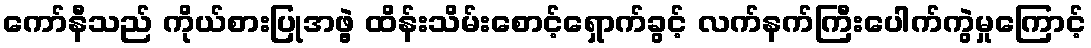
ကော်နီသည် ကိုယ်စားပြုအဖွဲ့ ထိန်းသိမ်းစောင့်ရှောက်ခွင့် လက်နက်ကြီးပေါက်ကွဲမှုကြောင့်